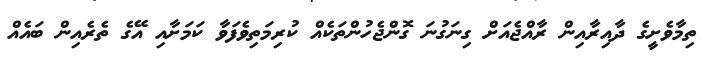
ތިމާވެށީގެ ދާއިރާއިން ރާއްޖެއަށް ގިނަގުނަ ގޮންޖެހުންތަކެއް ކުރިމަތިވެފަވާ ކަމަށާއި އޭގެ ތެރެއިން ބައެއް